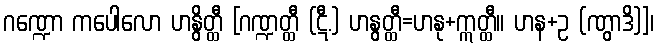
ဂဏ္ဍော ကပေါလော ဟနွိတ္ထီ [ဂဏ္ဍတ္ထီ (ဋီ.) ဟနွတ္ထီ=ဟနု+ဣတ္ထီ။ ဟန+ဥ (ဏွာဒိ)]၊